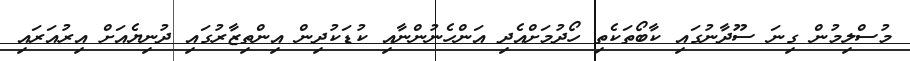
މުސްލިމުން ގިނަ ސޫދާނުގައި ކާބޯތަކެތި ހޯދުމަށްއެދި އަންހެނުންނާއި ކުޑަކުދިން އިންތިޒާރުގައި ދުނިޔެއަށް އިރުއަރައި